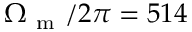
\Omega _ { \mathrm { ~ m ~ } } / 2 \pi = 5 1 4